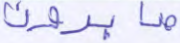
صابرون